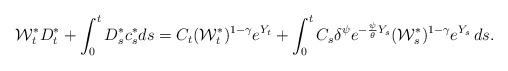
\begin{align*} \mathcal{W}^*_t D^*_t + \int_0^t D^*_s c^*_s ds = C_t (\mathcal{W}_t^*)^{1-\gamma} e^{Y_t} + \int_0^t C_s \delta^\psi e^{-\frac{\psi}{\theta} Y_s} (\mathcal{W}_s^*)^{1-\gamma} e^{Y_s} \, ds. \end{align*}